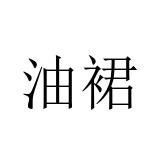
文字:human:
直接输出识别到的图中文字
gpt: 油裙